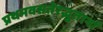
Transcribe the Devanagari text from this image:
प्रथमवसतेरद्भुतानां